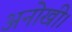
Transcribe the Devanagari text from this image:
अनोखी।